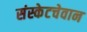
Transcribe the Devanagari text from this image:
संस्केटचेवान